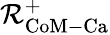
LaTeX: \mathcal{R}_{\mathrm{{CoM-Ca}}}^{+}